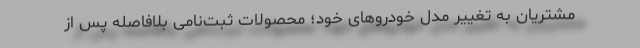
مشتريان به تغيير مدل خودروهای خود؛ محصولات ثبت‌نامی بلافاصله پس از